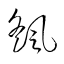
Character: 颻